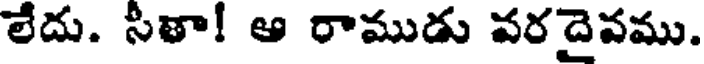
లేదు. సితా! ఆ రాముడు వరదైవము.